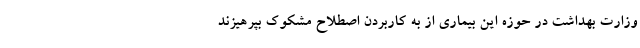
وزارت بهداشت در حوزه این بیماری از به کاربردن اصطلاح مشکوک بپرهیزند